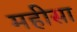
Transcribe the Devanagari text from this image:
महीसा